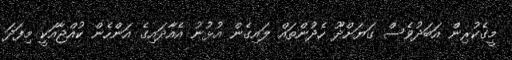
މީގެކުރިން އަބަދުވެސް ގަޔަށްދޫ ހެދުންތައް ލައިގެން އުޅުނު އެއާދައިގެ އަންހެން ކުއްޖާއަކީ މިފަދަ